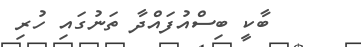
ބާކީ ބިސްއުފައްދާ ތަނުގައި ހުރި